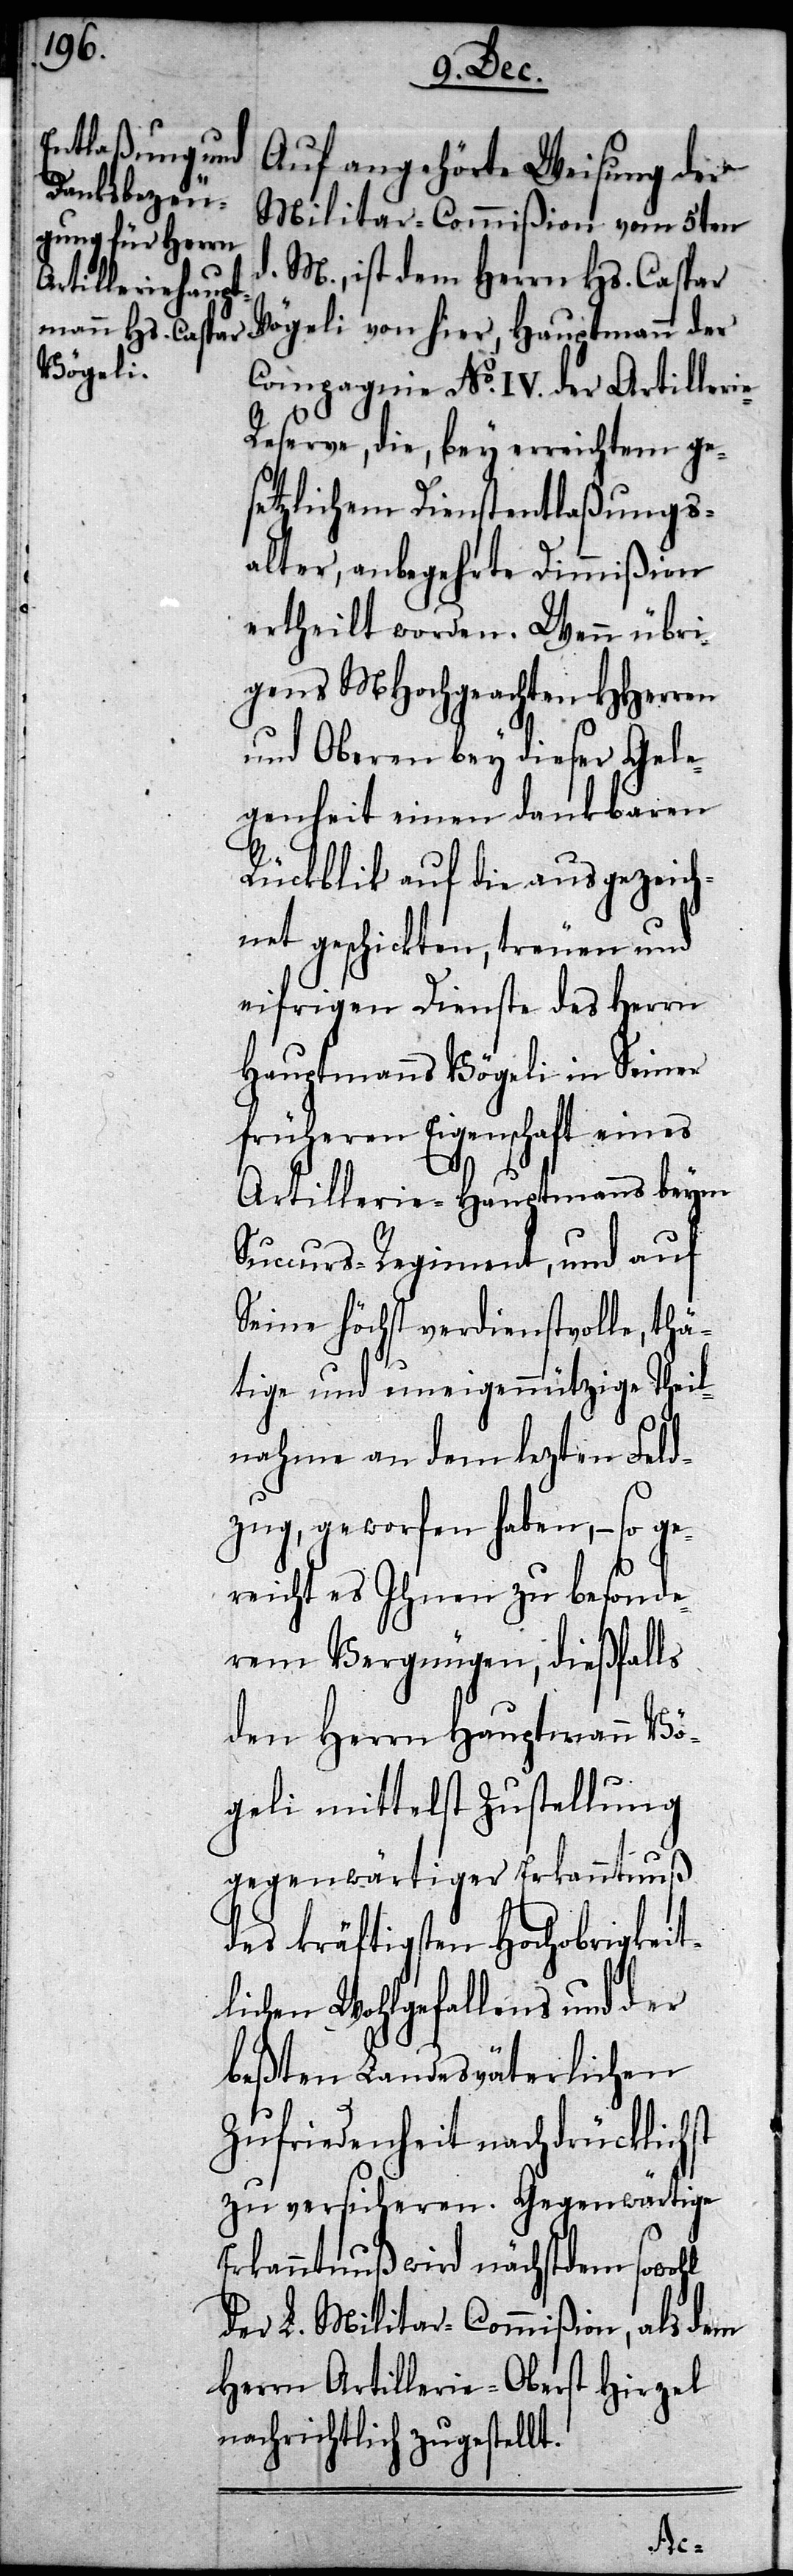
Auf angehörte Weisung der
Militar-Commißion vom 5ten
d. M., ist dem Herrn Hs. Caspar
Vögeli von hier, Hauptmann der
Compagnie No. IV. der Artiller¬
eserve, die, bey erreichtem ge¬
setzlichem Dienstentlaßungs¬
alter, anbegehrte Dimmißion
ertheilt worden. Wenn übri¬
gens MHochgeachten HHerren
und Oberen bey dieser Gele¬
genheit einen dankbaren
Rückblik auf die ausgezeich¬
net geschickten, treuen und
eifrigen Dienste des Herrn
Hauptmanns Vögeli in Seiner
früheren Eigenschaft eines
Artillerie-Hauptmanns beym
Succurs-Regiment, und auf
Seine höchst verdienstvolle, thä¬
tige und uneigennützige Theil¬
nahme an dem lezten Feld¬
zug, geworfen haben, – so ge¬
reicht es Ihnen zu besonde¬
rem Vergnügen, dießfalls
den Herrn Hauptmann Vö¬
geli mittelst Zustellung
gegenwärtiger Erkanntnuß
des kräftigsten Hochobrigkeit¬
lichen Wohlgefallens und der
beßten Landesväterlichen
Zufriedenheit nachdrücklichst
zu versicheren. Gegenwärtige
Erkanntnuß wird nächstdem sowohl
der L. Militar-Commißion, als dem
Herrn Artillerie-Oberst Hirzel
nachrichtlich zugestellt.
ie-R¬